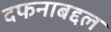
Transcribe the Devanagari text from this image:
दफनाबद्दल